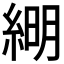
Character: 𦁠